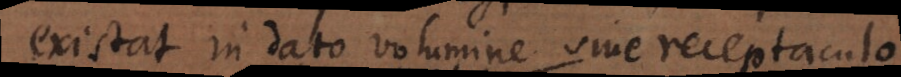
existat in dato volumine sive receptaculo.